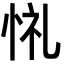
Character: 𢙔